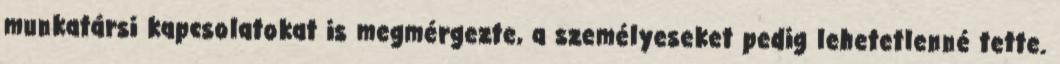
munkatársi kapcsolatokat is megmérgezte, a személyeseket pedig lehetetlenné tette.